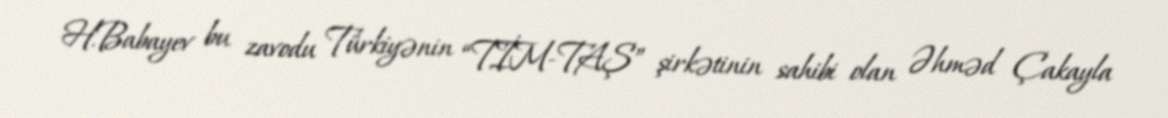
H.Babayev bu zavodu Türkiyənin “TİM-TAŞ” şirkətinin sahibi olan Əhməd Çakayla